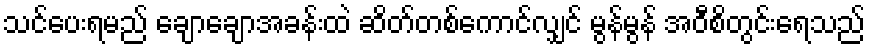
သင်ပေးရမည် ချောချောအခန်းထဲ ဆိတ်တစ်ကောင်လျှင် မွန်မွန် အဝီစိတွင်းရေသည်